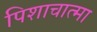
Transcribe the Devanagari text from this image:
पिशाचात्मा